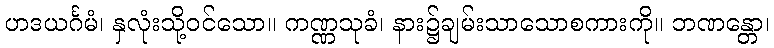
ဟဒယင်္ဂမံ၊ နှလုံးသို့ဝင်သော။ ကဏ္ဏသုခံ၊ နား၌ချမ်းသာသောစကားကို။ ဘဏန္တော၊